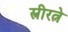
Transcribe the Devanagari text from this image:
स्त्रीरत्ने